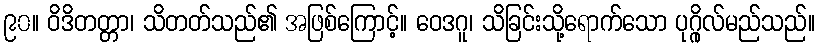
၉၀။ ဝိဒိတတ္တာ၊ သိတတ်သည်၏ အဖြစ်ကြောင့်။ ဝေဒဂူ၊ သိခြင်းသို့ရောက်သော ပုဂ္ဂိုလ်မည်သည်။